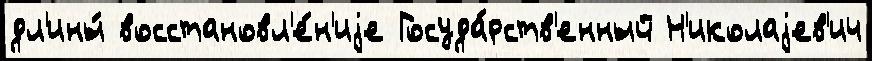
дл'ины́ восстановл'е́н'иjе Госуда́рств'енный Н'иколаjев'ич